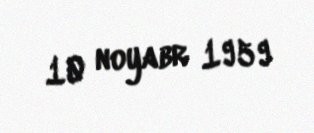
10 noyabr 1959